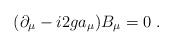
LaTeX: \begin{align*}(\partial_\mu - i2ga_\mu) B_\mu = 0\;.\end{align*}